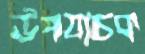
উপযাচক